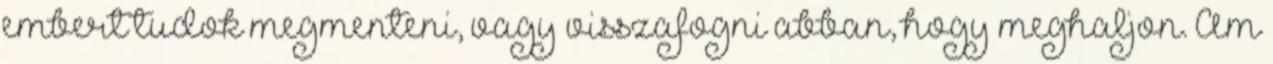
embert tudok megmenteni, vagy visszafogni abban, hogy meghaljon. Ám